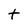
Character: t